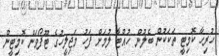
ހުރިހާ ކޮމިޓީ ތަކަކުން ބެލުން ހުއްޓާ ލުމަށް ފަހު މަޖިލީހުގެ ޓޫފޯވަން ކޮމިޓީން